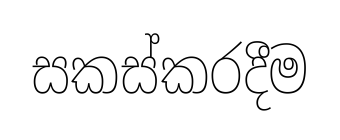
සකස්කරදීම